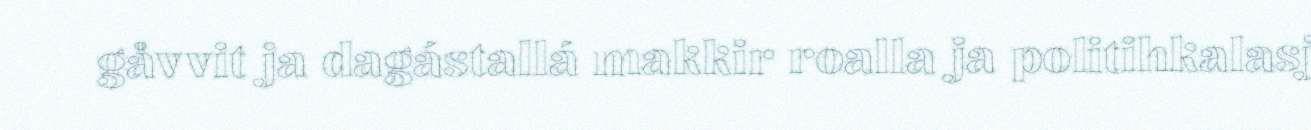
gåvvit ja dagástallá makkir roalla ja politihkalasj